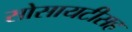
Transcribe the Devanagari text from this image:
सोसायटीसह